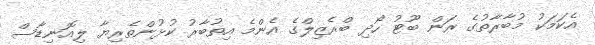
އެކަމަކު މުބާރާތުގެ ރަން ބޫޓު ހޯދި ބްރެޒިލްގެ އެންމެ އިތުބާރު ކުޅުންތެރިޔާ ލިއޮނިޑާސް